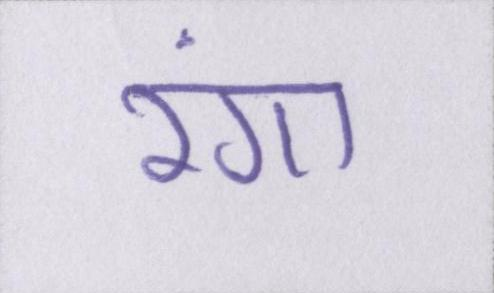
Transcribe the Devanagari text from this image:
रंगा